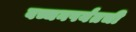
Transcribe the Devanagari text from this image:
बच्चनपर्यंतची